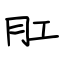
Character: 肛